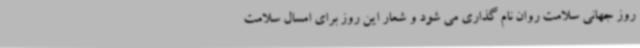
روز جهانی سلامت روان نام گذاری می شود و شعار این روز برای امسال سلامت